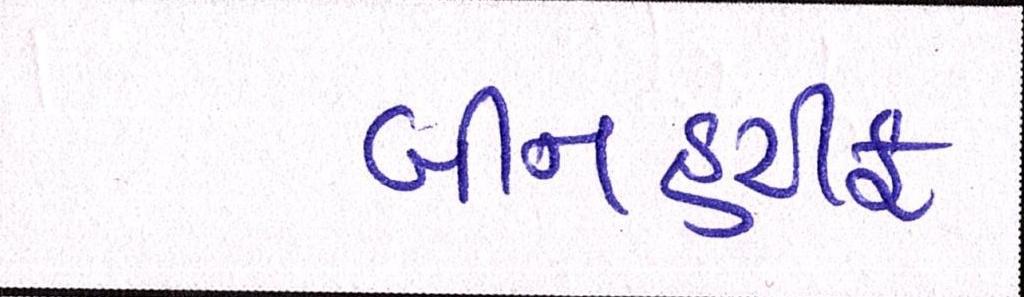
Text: બીનહરીફ